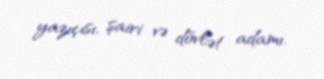
yazıçısı, şairi və dövlət adamı.